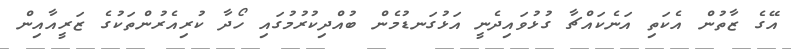
އޭގެ ޒާތުން އެކަތި އަނެކައްޗާ ގުޅުވައިދެނީ އަޅުގަނޑުމެން ބުއްދިކުރުމުގައި ހޯދާ ކުރިއެރުންތަކުގެ ޒަރީއާއިން